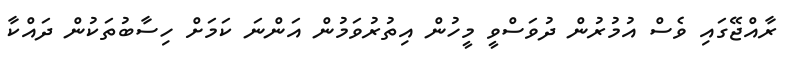
ރާއްޖޭގައި ވެސް އުމުރުން ދުވަސްވީ މީހުން އިތުރުވަމުން އަންނަ ކަމަށް ހިސާބުތަކުން ދައްކާ